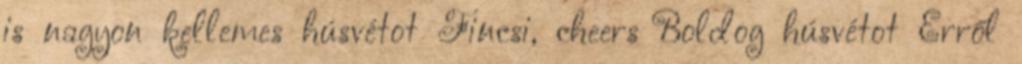
is nagyon kellemes húsvétot Fincsi, cheers Boldog húsvétot Erről